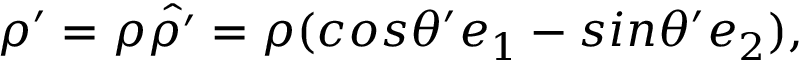
\boldsymbol { \rho } ^ { \prime } = \rho \hat { \boldsymbol { \rho } ^ { \prime } } = \rho ( c o s \theta ^ { \prime } \boldsymbol { e } _ { 1 } - s i n \theta ^ { \prime } \boldsymbol { e } _ { 2 } ) ,